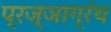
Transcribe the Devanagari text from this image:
प्रज्ञाग्रंथ